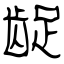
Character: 龊